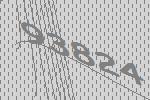
93824